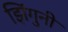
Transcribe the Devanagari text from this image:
झिंगुनी